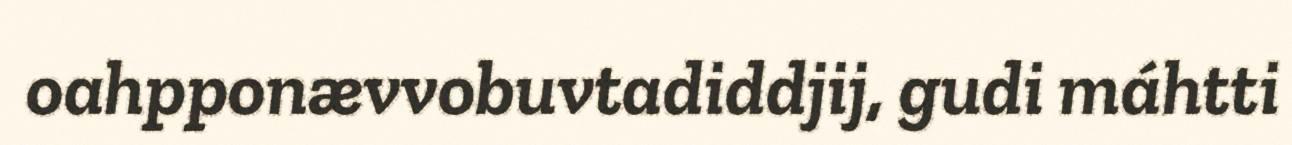
oahpponævvobuvtadiddjij, gudi máhtti